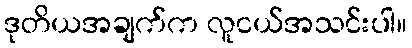
ဒုတိယအချက်က လူငယ်အသင်းပါ။